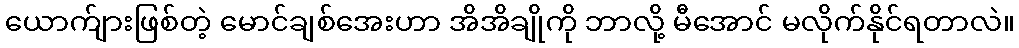
ယောက်ျားဖြစ်တဲ့ မောင်ချစ်အေးဟာ အိအိချိုကို ဘာလို့ မီအောင် မလိုက်နိုင်ရတာလဲ။